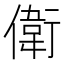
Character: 𬿭